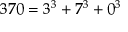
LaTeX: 3 7 0 = 3 ^ { 3 } + 7 ^ { 3 } + 0 ^ { 3 }